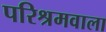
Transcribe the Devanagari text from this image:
परिश्रमवाला